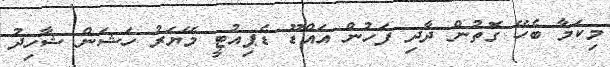
މިކަމާ ބެހޭ ގޮތުން ދާދި ފަހުން އައްޑޫ ޑެޕިއުޓީ މޭޔަރު ހަޝަން ޝާހިދު